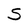
Character: S